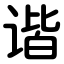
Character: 谐